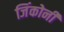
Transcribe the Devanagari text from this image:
जिंकोनी